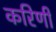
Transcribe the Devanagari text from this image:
करिणी